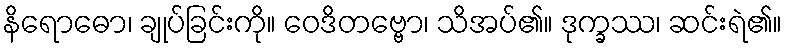
နိရောဓော၊ ချုပ်ခြင်းကို။ ဝေဒိတဗ္ဗော၊ သိအပ်၏။ ဒုက္ခဿ၊ ဆင်းရဲ၏။